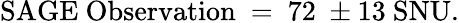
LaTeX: \mathrm{SAGE~Observation}~=~72~\pm 13\mathrm{~SNU}.